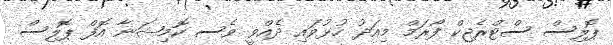
ޕޮލިސް ސްޓްރެޖިކް ފޯރަމް މިއަދު ހުޅުވައި ދެއްވީ ވެސ ކޮމިޝަނާ އޮފް ޕޮލިސް